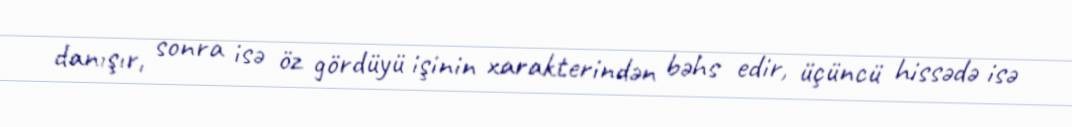
danışır, sonra isə öz gördüyü işinin xarakterindən bəhs edir, üçüncü hissədə isə